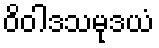
ဝိဝါဒသမုဒယံ